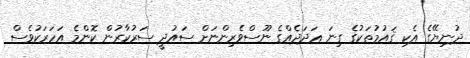
ދުނިޔޭގެ އެކި ޤައުމުތަކުގެ ގިނަ ޢަދަދެއްގެ ނޫސްވެރިންނަށް ސައުދީ ސަރުކާރުން ކޮންމެ އަހަރަކުވެސް